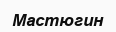
Мастюгин